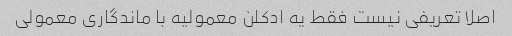
اصلا تعریفی نیست فقط یه ادکلن معمولیه با ماندگاری معمولی